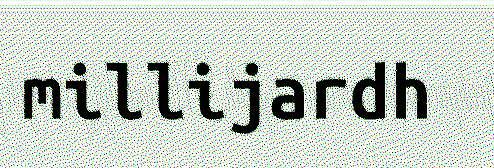
millijardh